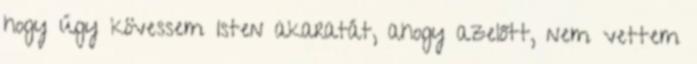
hogy úgy kövessem Isten akaratát, ahogy azelőtt, nem vettem